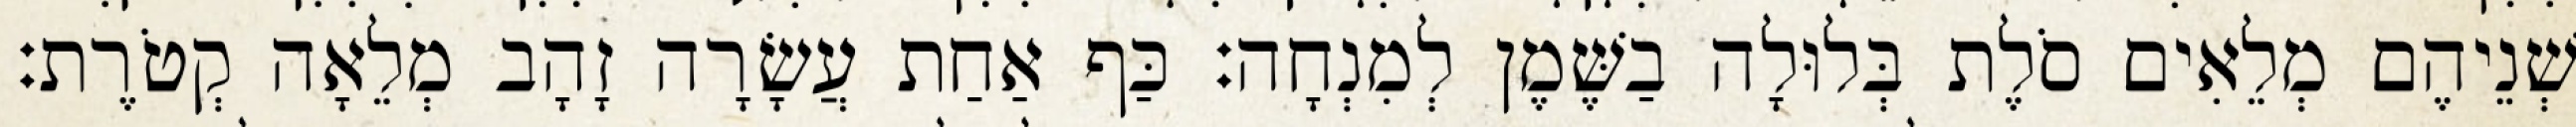
שְׁנֵיהֶם מְלֵאִים סֹלֶת בְּלוּלָה בַשֶּׁמֶן לְמִנְחָה׃ כַּף אַחַת עֲשָׂרָה זָהָב מְלֵאָה קְטֹרֶת׃